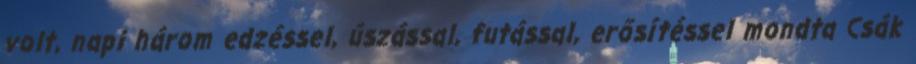
volt, napi három edzéssel, úszással, futással, erősítéssel mondta Csák